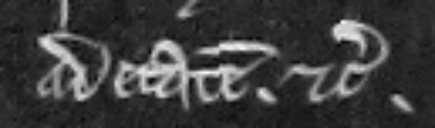
ad etatem. etc.